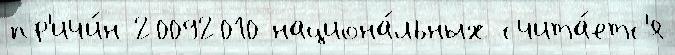
пр'ичи́н 20092010 национа́льных счита́етс'я